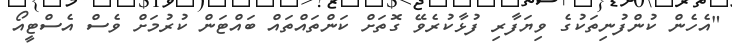
"އެހެން ކުންފުނިތަކުގެ ވިޔަފާރި ފުޅާކުރެވޭ ގޮތަށް ކަންތައްތައް ބައްޓަން ކުރުމަށް ވެސް އެސްޓީއޯ